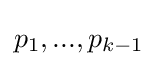
p_{1},...,p_{k-1}